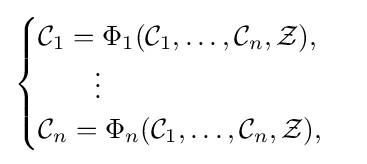
{\begin{cases}{\mathcal {C}}_{1}=\Phi _{1}({\mathcal {C}}_{1},\ldots ,{\mathcal {C}}_{n},{\mathcal {Z}}),\\\qquad \vdots \\{\mathcal {C}}_{n}=\Phi _{n}({\mathcal {C}}_{1},\ldots ,{\mathcal {C}}_{n},{\mathcal {Z}}),\end{cases}}